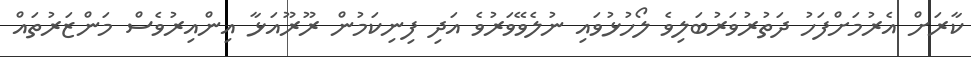
ކާރަށް އެރުމަށްފަހު ދަތުރުވަރުބަލިވެ ލޯހުޅުވައި ނުލެވޭވަރުވެ އަދި ފިނިކަމުން ރޫރޫއަޅާ އިންއިރުވެސް މަންޒަރުތައް